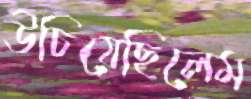
উচিয়েছিলেম